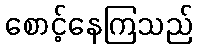
စောင့်နေကြသည်